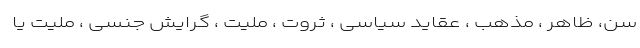
سن، ظاهر ، مذهب ، عقاید سیاسی ، ثروت ، ملیت ، گرایش جنسی ، ملیت یا